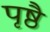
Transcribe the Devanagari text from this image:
पृष्ठै